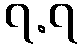
၇.၇